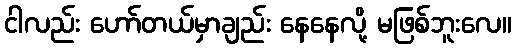
ငါလည်း ဟော်တယ်မှာချည်း နေနေလို့ မဖြစ်ဘူးလေ။